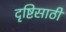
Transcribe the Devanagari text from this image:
दृष्टिसाठी